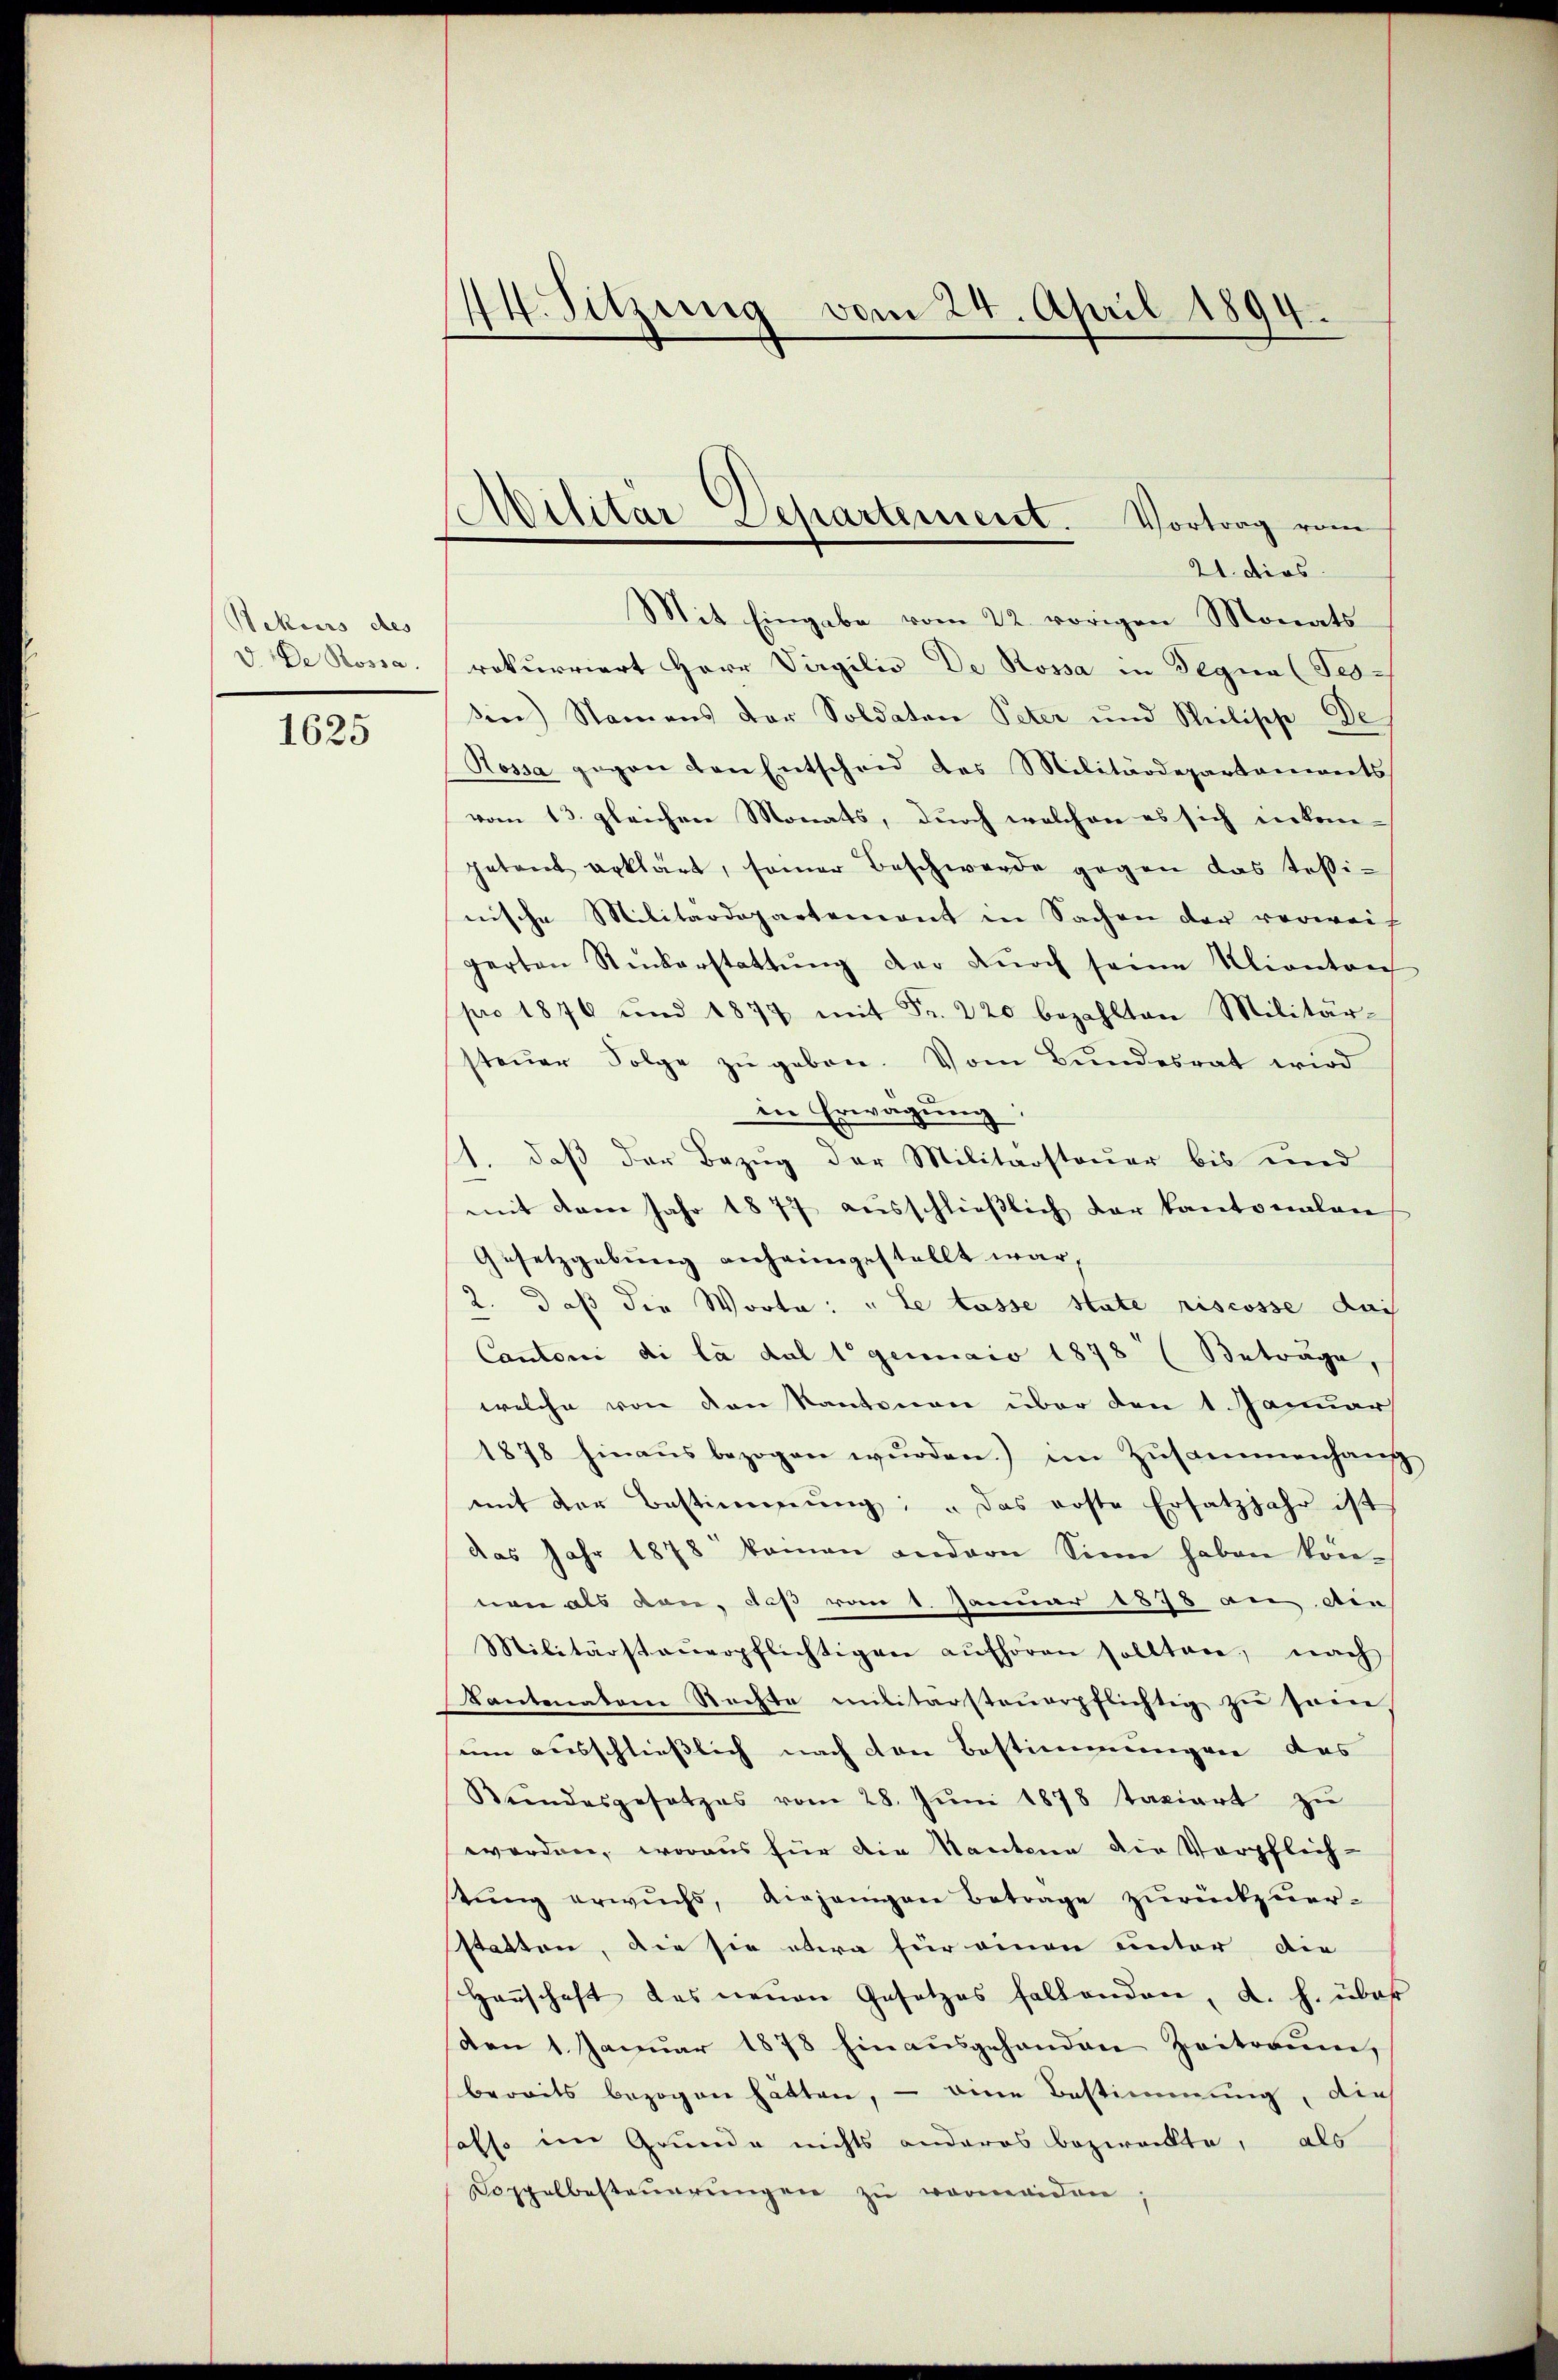
Rekurs des
V. De Rossa.

1625

44. Sitzung vom 24. April 1894.

Mit Eingabe vom 22. vorigen Monats
rokurriert Herr Virgilio De Rossa in Begna (Tes-
sin) Namens der Soldaten Peter und Milipp De
Kossa gegen den Entscheid des Militärdepartements
vom 13. gleichen Monats, durch welchen es sich inkompetrat erklärt, somer Beschwerde gegen das Teßinische Militärdepartement in Sachen der verweich
gerten Ruckerstattŭng der Dŭrch seine Klianton
pro 1876 und 1877 mit Fr. 220 bezahlten Militär-
steŭer Folge zŭ geben. Vom Bundesrat wird
in Erwägung
1. daß der Bezug der Militärsteuer bis und
mit dem Jahr 1877 aŭsschlieβlich der kantonalen
Gesetzgebung anheimgestellt war,
2. daß die Worte: „Le lasse state riscosse dach
Cantoni di la dal t genuaio 1878 (Betrage,
welche von den Kantonen über den 1. Januar
1878 hinaŭs bezogen wŭrden.) im Zusammenhang
mit der Bestimmung: „Das erste Ersatzjahr ist
das Jahr 1878 keinen andern Sinn haben können als von, daß vom 1. Januar 1878 an die
Militärsteŭerpflichtigen aŭfhören sollten, nach
Kantonaten Rechte militärsteŭerpflichtig zŭ sein
um ausschließlich nach den Bestimmungen des
Rŭndesgesetzes vom 28. Jŭni 1878 taxiert zŭ
worden, woraus für die Kantone die Verpflich-
tŭng erwuchs, diejenigen Betrage zŭrückzuer-
sstatten, die sie etwa für einen unter die
Harschaft das neuen Gesetzes fallenden, d. h. über
den 1. Januar 1878 hinausgehanden Zeitraum,
bereits bezogen hätten, - eine Bestimmung, die
hoffe im Grunde nichts anderes bezweckte, als
Coppelbesteŭerŭngen zŭ vermeiden.

Ailitar-Separtement. Vortrag vom
21. dies